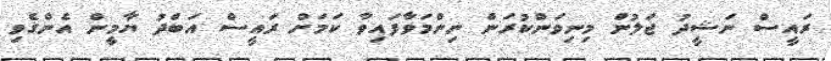
ރައީސް ނަޝީދު ޖަލުން މިނިވަންކުރަން ނިންމަވާފައިވާ ކަމަށް ރައީސް އަބްދު ޔާމީން އެންގެވި